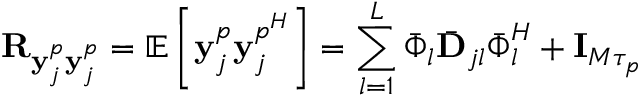
\mathbf { R } _ { \mathbf { y } _ { j } ^ { p } \mathbf { y } _ { j } ^ { p } } = \mathbb { E } \left[ \mathbf { y } _ { j } ^ { p } \mathbf { y } _ { j } ^ { p ^ { H } } \right] = \sum _ { l = 1 } ^ { L } \bar { \boldsymbol { \Phi } } _ { l } \bar { \mathbf { D } } _ { j l } \bar { \boldsymbol { \Phi } } _ { l } ^ { H } + \mathbf { I } _ { M \tau _ { p } }